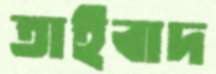
তাইবাদ